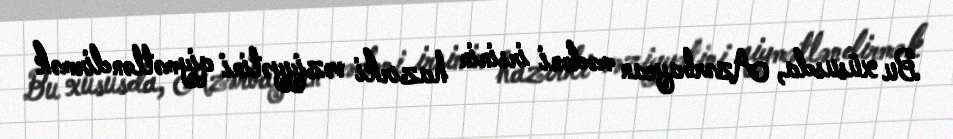
Bu xüsusda, Azərbaycan mədəni irsinin hazırki vəziyyətini qiymətləndirmək